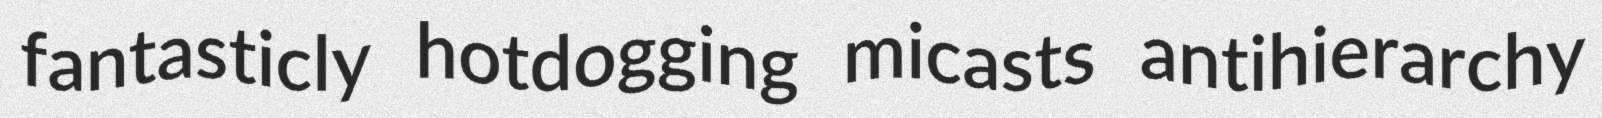
fantasticly hotdogging micasts antihierarchy